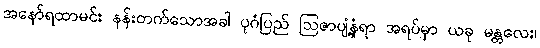
အနော်ရထာမင်း နန်းတက်သောအခါ ပုဂံပြည် ဩဇာပျံ့နှံ့ရာ အရပ်မှာ ယခု မန္တလေး၊